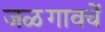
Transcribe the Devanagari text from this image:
जळगावचें